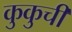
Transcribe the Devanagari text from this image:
कुकुची